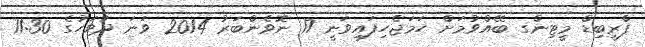
ޕްރީބިޑް މީޓިންގ ބޭއްވުމަށް ހަމަޖެހިފައިވަނީ 17 ނޮވެންބަރު 2014 ވަނަ ދުވަހުގެ 11:30